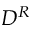
D ^ { R }